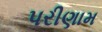
પરીણામ